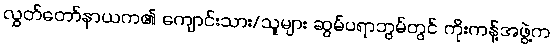
လွှတ်တော်နာယက၏ ကျောင်းသား/သူများ ဆွမ်ပရာဘွမ်တွင် ကိုးကန့်အဖွဲ့က